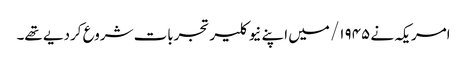
امریکہ نے ۱۹۴۵/ میں اپنے نیوکلیر تجربات شروع کردیے تھے۔